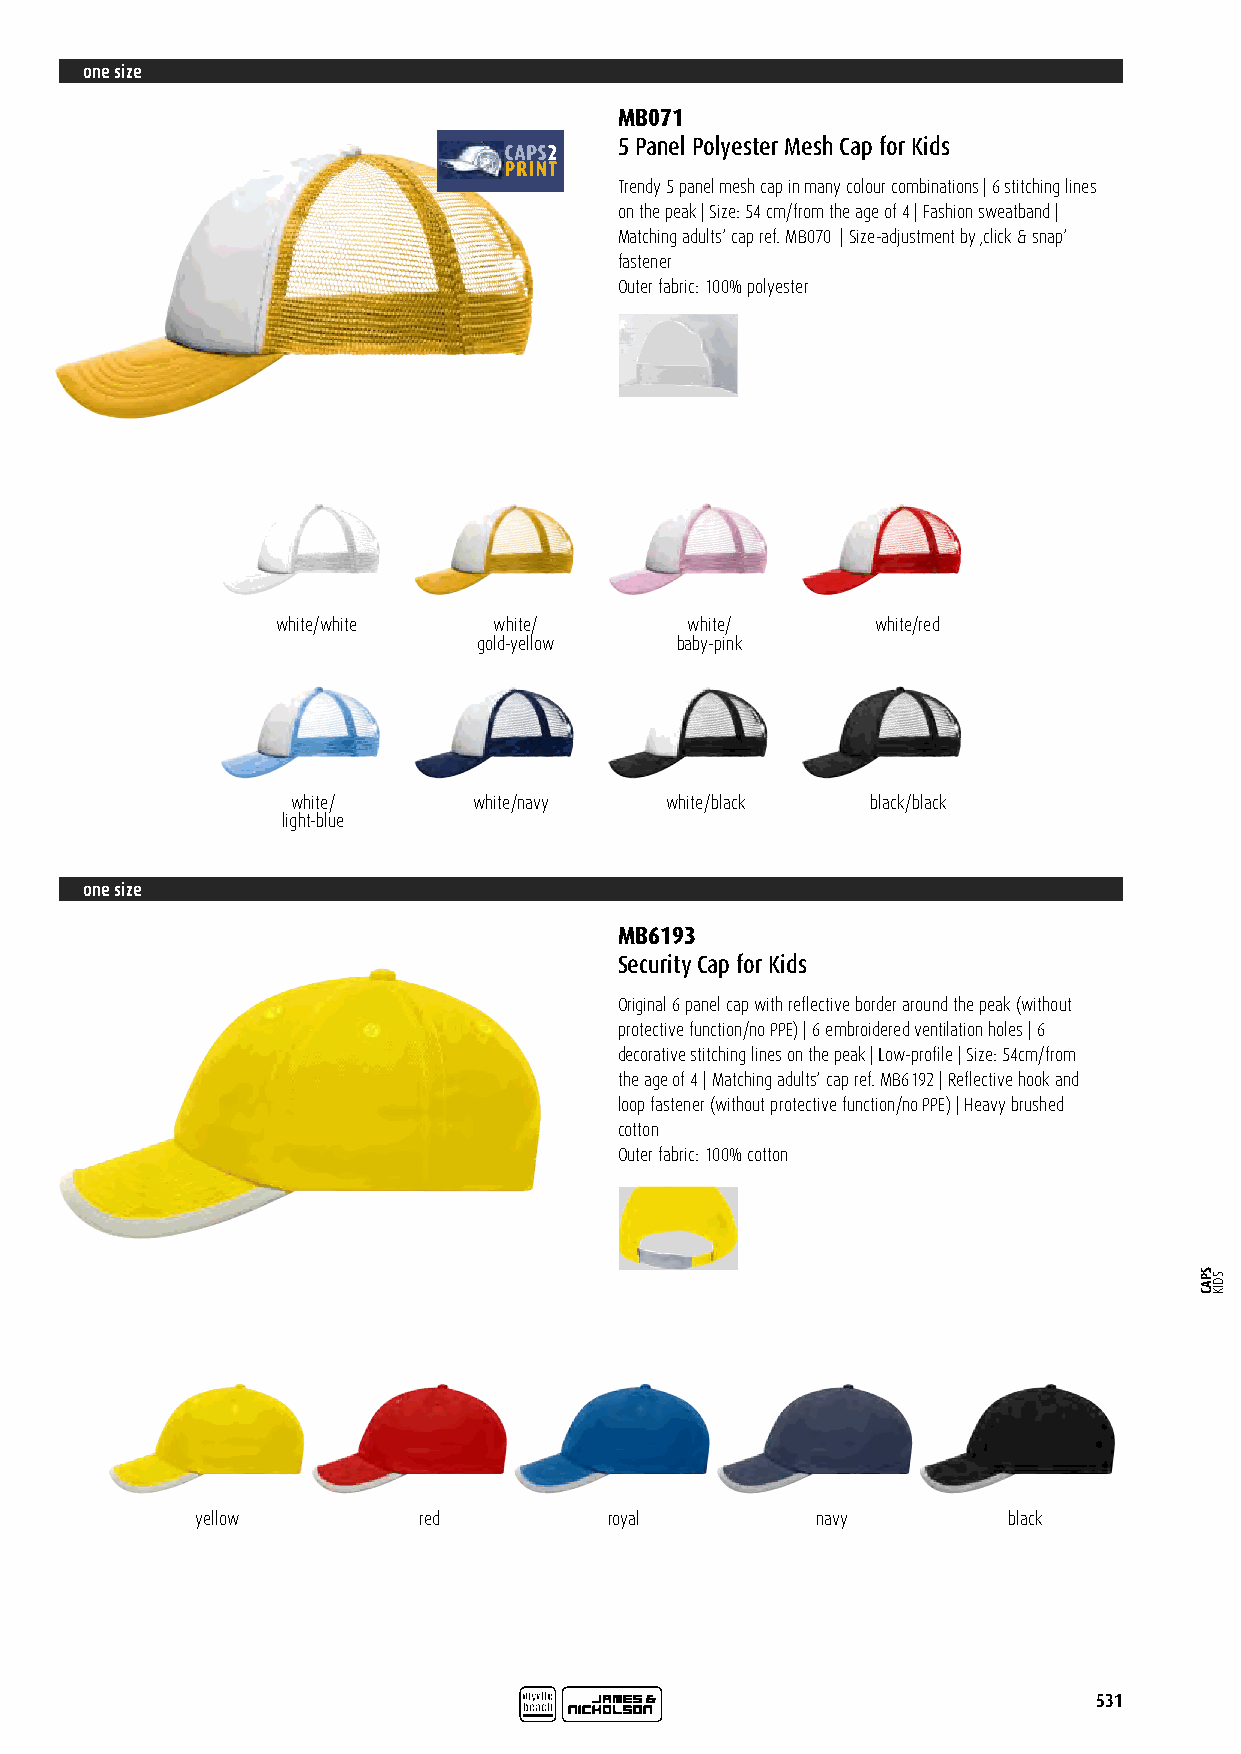
one size
 MB071
 5 Panel Polyester Mesh Cap for Kids
 Trendy 5 panel mesh cap in many colour combinations | 6 stitching lines
 on the peak | Size: 54 cm/from the age of 4 | Fashion sweatband |
 Matching adults‘ cap ref. MB070 | Size-adjustment by ‚click & snap‘
 fastener
 Outer fabric: 100% polyester
 white/white    white/      white/       white/red
 gold-yellow  baby-pink
 white/      white/navy   white/black   black/black
 light-blue
 one size
 MB6193
 Security Cap for Kids
 Original 6 panel cap with reflective border around the peak (without
 protective function/no PPE) | 6 embroidered ventilation holes | 6
 decorative stitching lines on the peak | Low-profile | Size: 54cm/from
 the age of 4 | Matching adults‘ cap ref. MB6192 | Reflective hook and
 loop fastener (without protective function/no PPE) | Heavy brushed
 cotton
 Outer fabric: 100% cotton
 yellow         red         royal         navy         black
 531
 SPAC SDIK